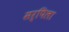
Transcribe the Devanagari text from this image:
सर्पिला